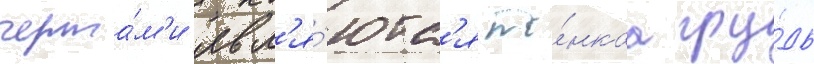
черта́м'и явл'я́ютс'я то́нкаа гру́дь